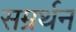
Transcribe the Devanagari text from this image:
सम्रर्थन